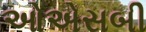
ઓએસબી